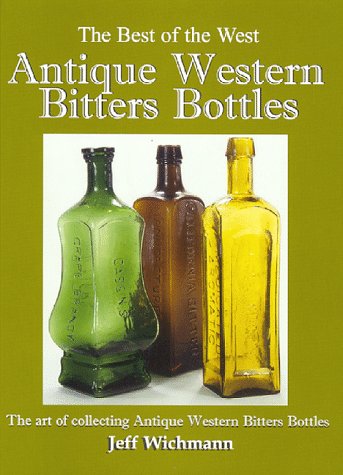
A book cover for Antique Western Bitters Bottles (Best of the West); Jeff Wichmann; Crafts, Hobbies & Home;